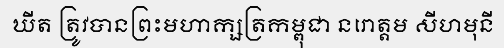
ឃីត ត្រូវបានព្រះមហាក្សត្រកម្ពុជា នរោត្តម សីហមុនី